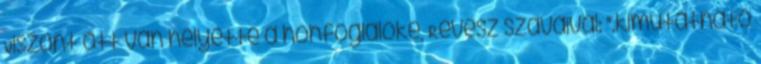
Viszont ott van helyette a honfoglalóké, Révész szavaival: ".kimutatható